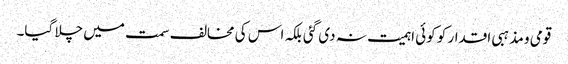
قومی و مذہبی اقدار کو کوئی اہمیت نہ دی گئی بلکہ اس کی مخالف سمت میں چلا گیا۔